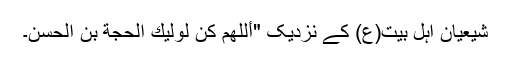
شیعیان اہل بیت(ع) کے نزدیک "أللهمَّ كُن لِولیكَ الحجة بنِ الحَسن۔